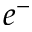
e ^ { - }